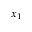
x _ { 1 }